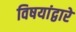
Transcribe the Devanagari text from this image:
विषयांद्वारे